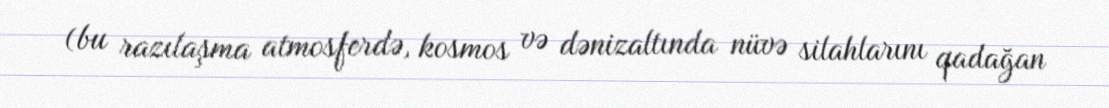
(bu razılaşma atmosferdə, kosmos və dənizaltında nüvə silahlarını qadağan